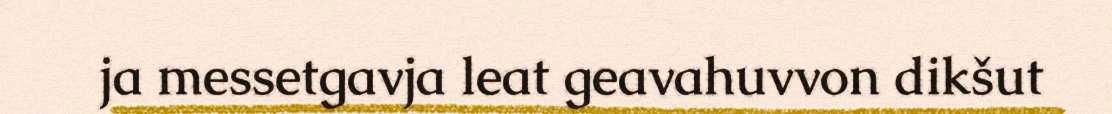
ja messetgavja leat geavahuvvon dikšut